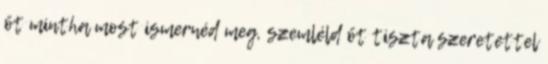
őt mintha most ismernéd meg, szemléld őt tiszta szeretettel